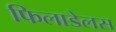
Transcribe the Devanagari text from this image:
फिलाडेलस